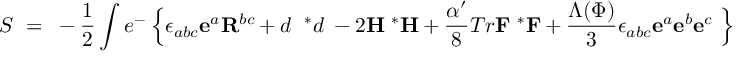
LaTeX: S ~ = ~ - \frac { 1 } { 2 } \int e ^ { - { \bf \Phi } } \Bigl \{ \epsilon _ { a b c } { \bf e } ^ { a } { \bf R } ^ { b c } + d { \bf \Phi } ~ { ^ { * } d } { \bf \Phi } - 2 { \bf H } ~ { ^ { * } { \bf H } } + { \frac { \alpha ^ { \prime } } { 8 } } T r { \bf F } ~ { ^ { * } { \bf F } } + \frac { \Lambda ( \Phi ) } { 3 } \epsilon _ { a b c } { \bf e } ^ { a } { \bf e } ^ { b } { \bf e } ^ { c } ~ \Bigr \}